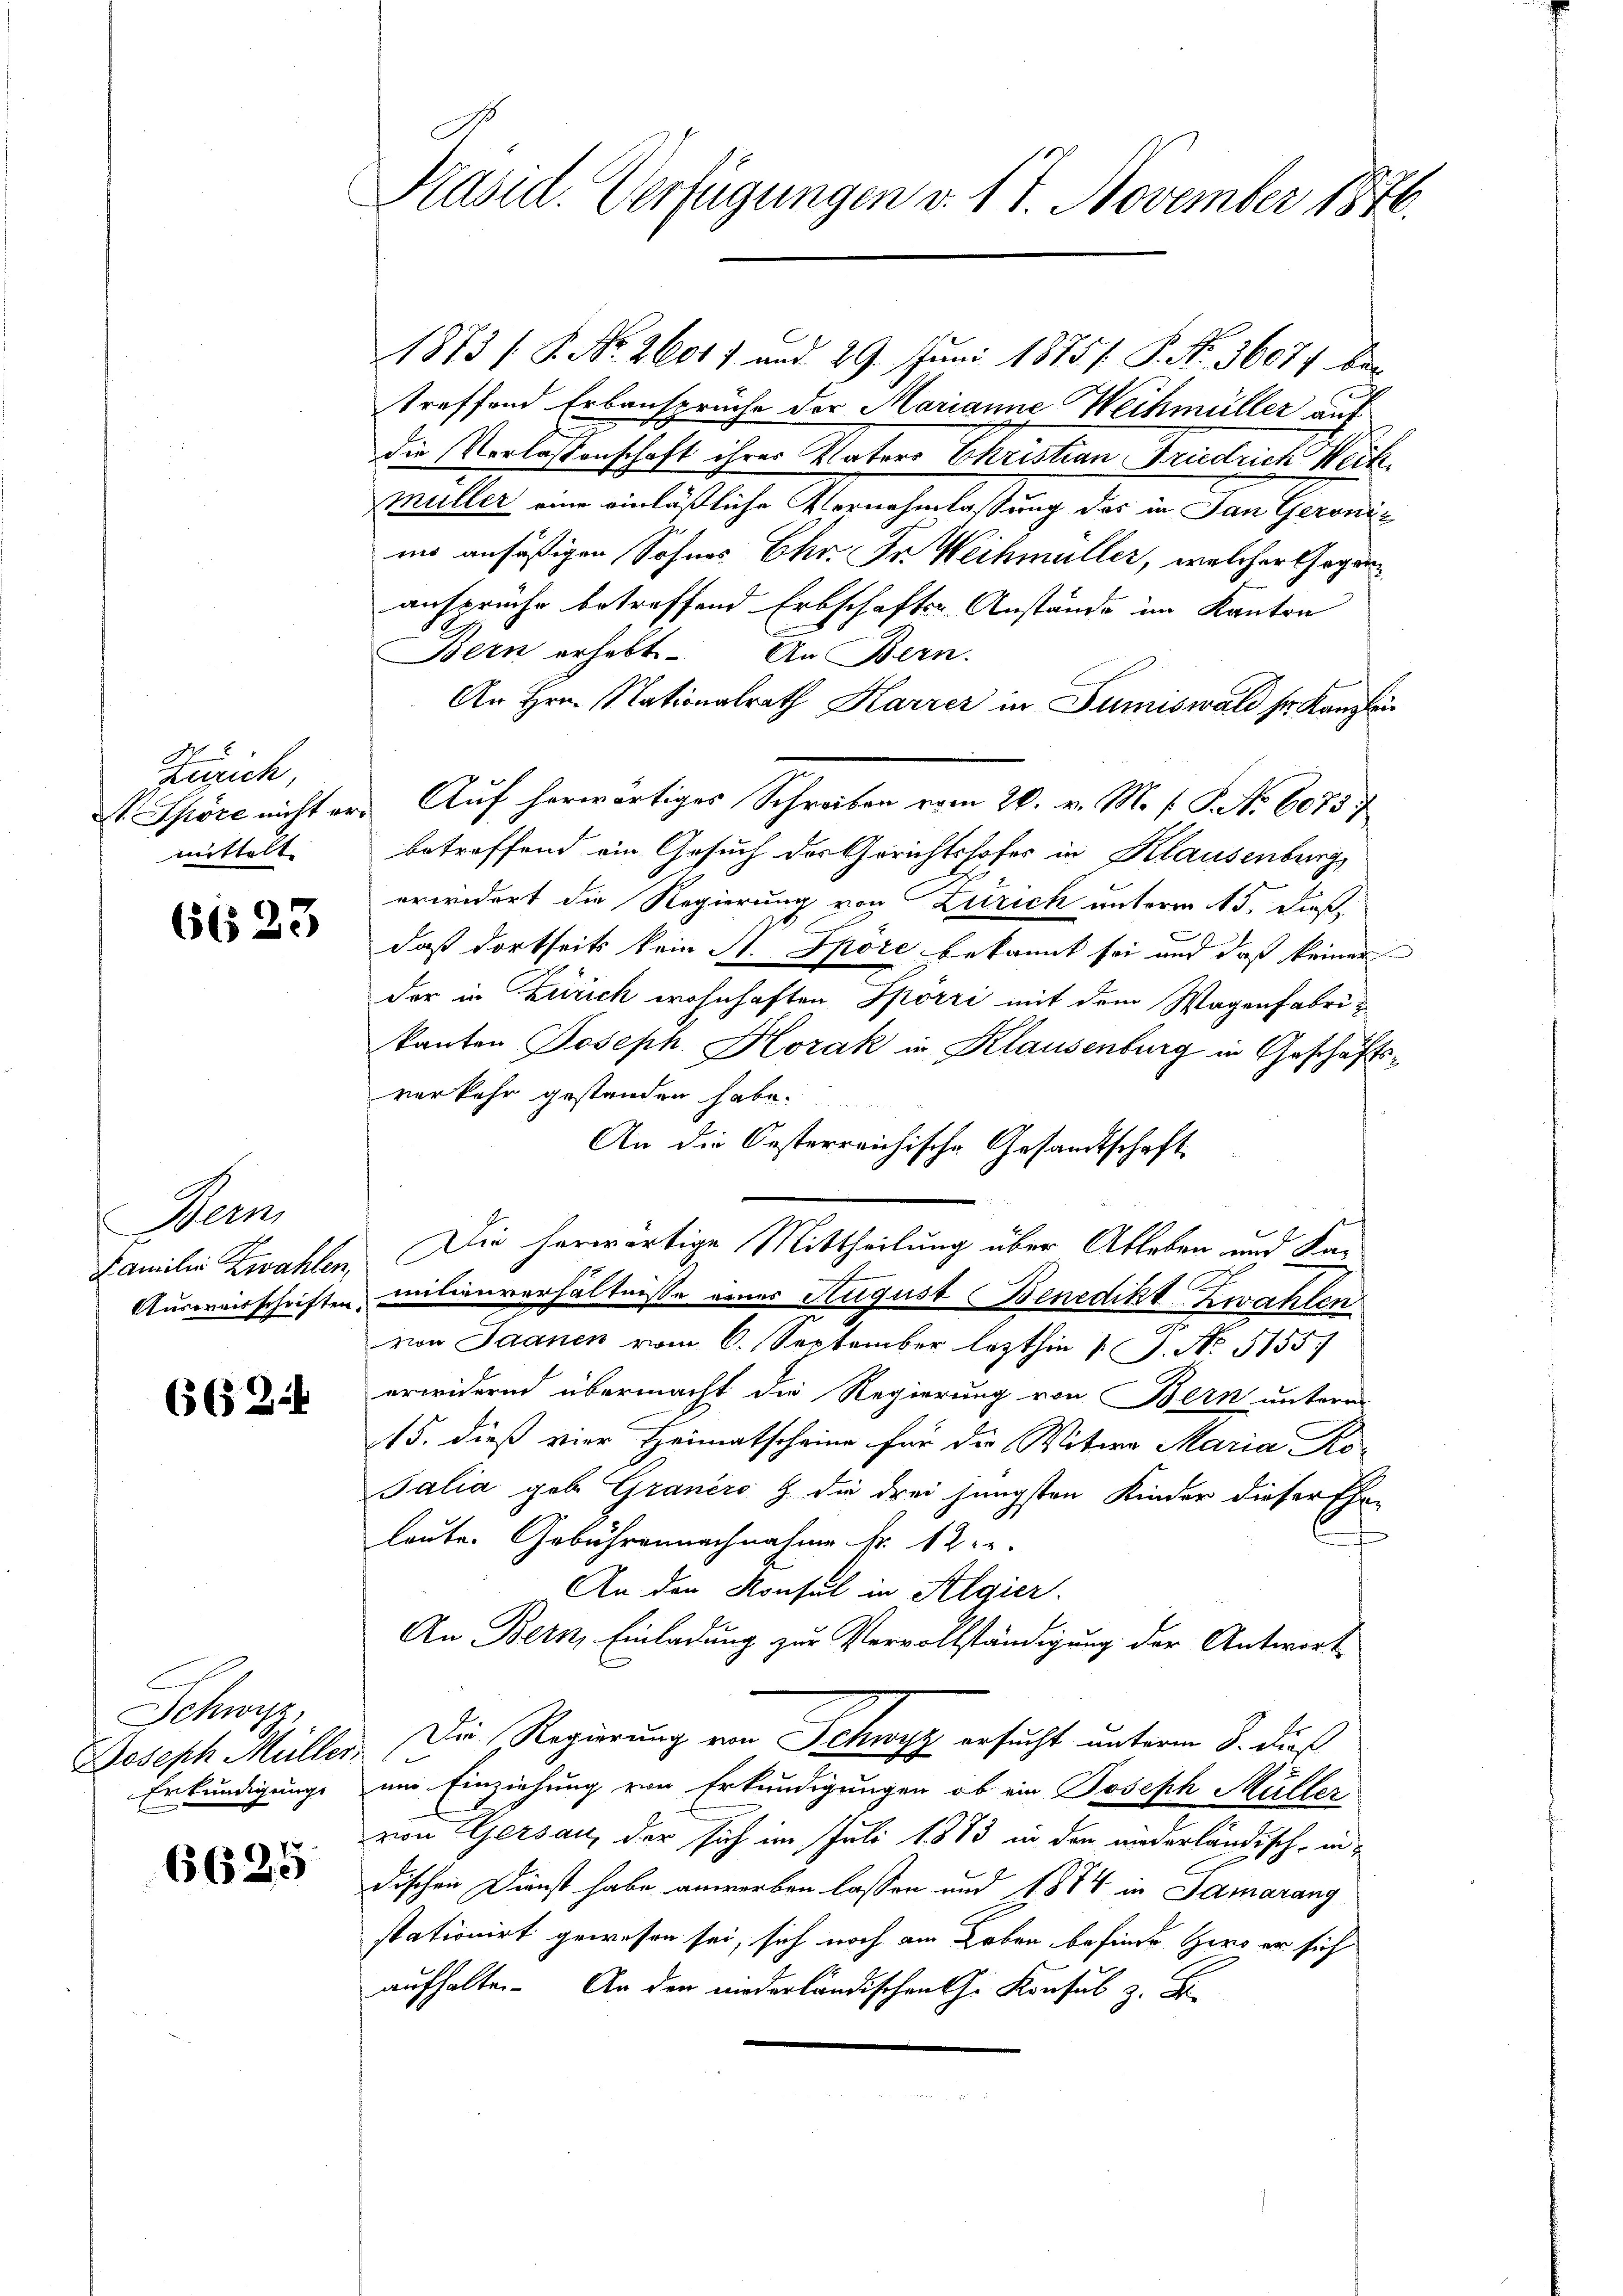
Zürich,
St. Spöre nicht ermittelt.

6623

Bern
Familie Zwahlen,
Ausreisschriften.

6562

Schwyz,
Joseph Müller.
Erkundigung

6625

Präsid. Verfügungen v. 17. November 1876.

1873 /P. Nr. 26017 und 29. Juni 1875 /. P. Nr. 36074 bei
treffend Erbansprüche der Marianne Weihmüller auf
die Verlassenschaft ihrer Vaters Christian Friedtuch Wech
Müller ein einläßliche Vernehmlassung der in den Gerandimi ansäßigen Sohnes Chr. Dr. Weihmüller, welcher Gegen
ansprüche betreffend Erbschafts-Anstände im Kanton
Bern erhebt. An Bern.
An Hrn. Nationalrath Karrer in Sumiswald sr. Kanzlei¬
Auf herwärtiges Schreiben vom 20. v. M. f. P. No 6073
betreffend ein Gesuch der Gerichtshofes in Klausenburg
erwidert die Regierung von Zürich unterm 15. dieß,
C
daß dortseits kein St. Spore bekannt sei und daß keiner
der in Zürich wohnhaften Spörri mit dem Wagenfabrikanten Joseph Horak in Klausenburg in Geschäftsverkehr gestanden habe.
An die Oesterreichische Gesandtschaft
Die herwärtige Mittheilung über Ableben und Ka-
milienverhältnisse eines August Benedikt Zwahlen
von Saanen vom 6. September lezthin 1 P. No. 5155)
erwidernd übermacht die Regierung von Bern untern
15. dieß vier Heimatscheine für die Witwe Maria Ro-
Salia geb. Graners G. die drei jüngsten Kinder dieser Ehe-
n
leute. Gebühren nachnahme Fr. 122.
An den Konsul in Algier.
An Bern, Einladung zur Vervollständigung der Antwort
Die Regierung von Schwyz ersucht unterm 8. dieß
um Einziehung von Erkundigungen, ob ein Joseph Müller
von Gersau, der sich im Juli 1873 in den anderländisch, indischen Dienst habe anwerben lassen und 1874 in Samarang
stationirt gewesen sei, sich noch am Leben befinde Herr er sich
aufhalten. An den niederländischen the Konsul z. B.